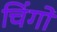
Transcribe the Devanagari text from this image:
चिंगो